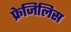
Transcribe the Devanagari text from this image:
फ्रेजिलिस